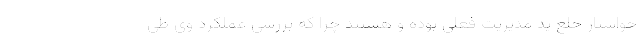
خواستار خلع ید مدیریت فعلی بوده و هستند چرا که بررسی عملکرد وی طی